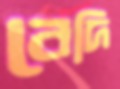
বেদি